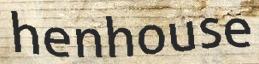
henhouse